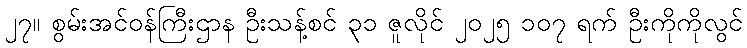
၂၇။ စွမ်းအင်ဝန်ကြီးဌာန ဦးသန့်စင် ၃၁ ဇူလိုင် ၂၀၂၅ ၁၀၇ ရက် ဦးကိုကိုလွင်